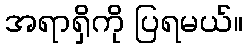
အရာရှိကို ပြရမယ်။